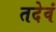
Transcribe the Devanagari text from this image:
तदेवं